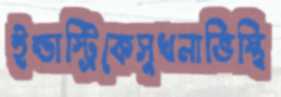
ইন্ডাস্ট্রিকেসুখনাভিস্থি